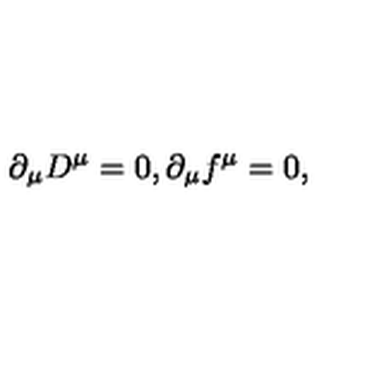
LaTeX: \partial _ { \mu } D ^ { \mu } = 0 , \partial _ { \mu } f ^ { \mu } = 0 ,